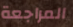
المراجعة